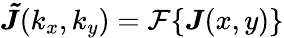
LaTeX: \boldsymbol{\tilde{J}}(k_{x},k_{y})=\mathcal{F}\{ \boldsymbol{J}(x,y)\}